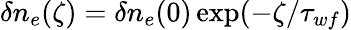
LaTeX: \delta n_{e}(\zeta)=\delta n_{e}(0)\exp(-\zeta/\tau_{wf})